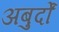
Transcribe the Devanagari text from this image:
अबुर्दों